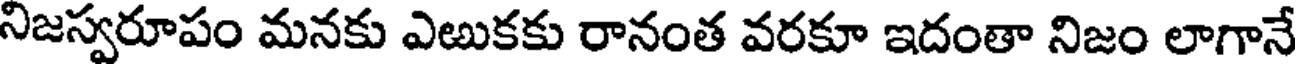
నిజస్వరూపం మనకు ఎఱుకకు రానంత వరకూ ఇదంతా నిజం లాగానే